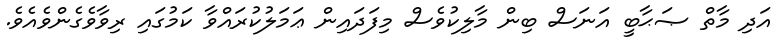
އަދި މާތް ޞަޙާބީ އަނަސް ބިން މާލިކުވެސް މިފަދައިން ޢަމަލުކުރައްވާ ކަމުގައި ރިވާވެގެންވެއެވެ.